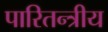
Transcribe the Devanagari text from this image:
पारितन्त्रीय